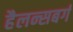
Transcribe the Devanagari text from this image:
हैलन्सबर्ग